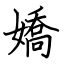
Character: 嬌